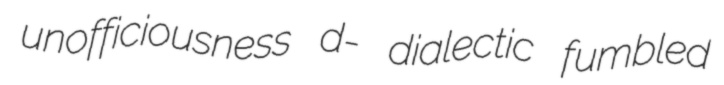
unofficiousness d- dialectic fumbled